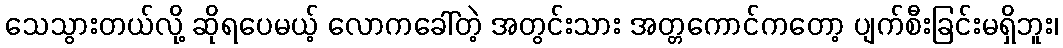
သေသွားတယ်လို့ ဆိုရပေမယ့် လောကခေါ်တဲ့ အတွင်းသား အတ္တကောင်ကတော့ ပျက်စီးခြင်းမရှိဘူး၊